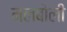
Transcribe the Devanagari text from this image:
मलबोली